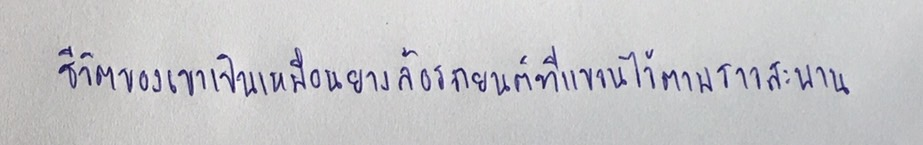
ชีวิตของเขาเป็นเหมือนยางล้อรถยนต์ที่แขวนไว้ตามราวสะพาน